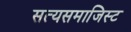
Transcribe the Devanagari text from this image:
सत्यसमाजिस्ट